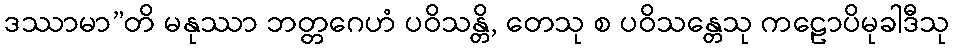
ဒဿာမာ”တိ မနုဿာ ဘတ္တဂေဟံ ပဝိသန္တိ, တေသု စ ပဝိသန္တေသု ကဠောပိမုခါဒီသု